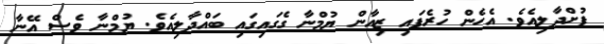
ފުށްދާލިއެވެ. އެހެން ހުރެފައި ޒިއާން ޔުމްނާ ގެގައިގައި ބައްދާލިއެވެ. ޔުމްނާ ވެސް އޭނާ